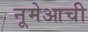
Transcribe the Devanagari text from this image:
नूमेआची